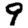
Digit: 9